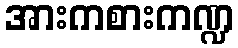
အားကစားကဏ္ဍ